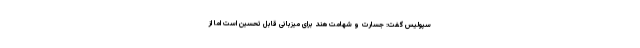
سپولیس گفت:‌ جسارت و شهامت هند برای میزبانی قابل تحسین است اما از